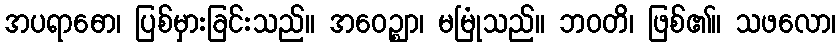
အပရာဓော၊ ပြစ်မှားခြင်းသည်။ အဝေဉ္ဈာ၊ မမြုံသည်။ ဘဝတိ၊ ဖြစ်၏။ သဖလော၊